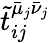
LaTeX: \tilde{t}_{ij}^{\bar{\mu}_{j}\bar{\nu}_{j}}